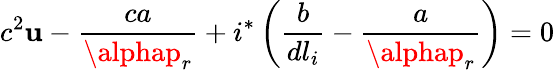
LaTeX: c^{2}\mathbf{u}-\frac{{ca}}{{\alphap_{r}}}+i^{*}\left(\frac{{b}}{{dl_{i}}}-\frac{{a}}{{\alphap_{r}}}\right)=0